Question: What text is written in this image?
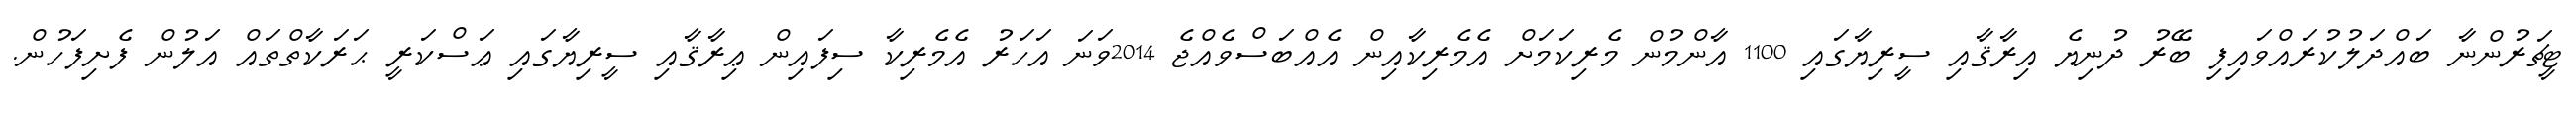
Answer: ޓީޗަރުންނާ ބައްދަލުކުރައްވައިފި ބޭރު ދުނިޔެ އިރާޤާއި ސީރިޔާގައި 1100 އާންމުން މެރިކަމަށް އެމެރިކާއިން އެއްބަސްވެއްޖެ 2014ވަނަ އަހަރު އެމެރިކާ ސިފައިން ޢިރާޤާއި ސީރިޔާގައި ޢަސްކަރީ ޙަރަކާތްތައް އަލުން ފެށިފަހުން.